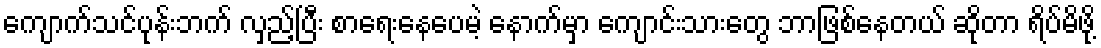
ကျောက်သင်ပုန်းဘက် လှည့်ပြီး စာရေးနေပေမဲ့ နောက်မှာ ကျောင်းသားတွေ ဘာဖြစ်နေတယ် ဆိုတာ ရိပ်မိဖို့